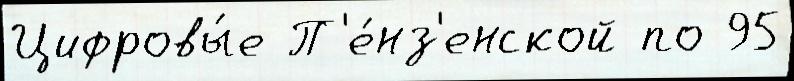
Цифровы́е П'е́нз'енской по 95